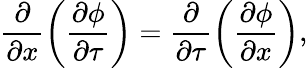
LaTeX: \frac{\partial}{\partial x}\left(\frac{\partial\phi}{\partial\tau}\right)=\frac{\partial}{\partial\tau}\left(\frac{\partial\phi}{\partial x}\right),